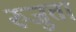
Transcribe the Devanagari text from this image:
रुजुता